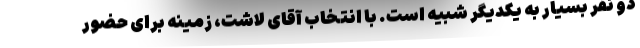
دو نفر بسیار به یکدیگر شبیه است. با انتخاب آقای لاشت، زمینه برای حضور